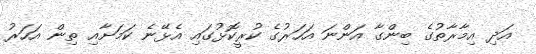
އަދި އިމާރާތުގެ ބިންގާ އަންނަ އަހަރުގެ ކުރީކޮޅުގައި އެޅޭނެ ކަމަށާއި ތިން އަހަރު